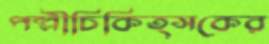
পল্লীচিকিত্সকের